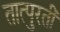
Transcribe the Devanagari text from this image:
तात्पुरतीं